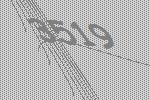
3519